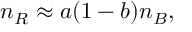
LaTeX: n _ { R } \approx a ( 1 - b ) n _ { B } ,